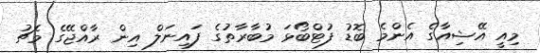
މިއީ އޭޝިއާގެ އެންމެ ބޮޑު ފުޓްބޯޅަ މުބާރާތުގެ ފައިނަލް އިން ރާއްޖޭގެ މެޗު